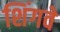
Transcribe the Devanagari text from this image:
शिंगवे